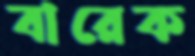
বারেক